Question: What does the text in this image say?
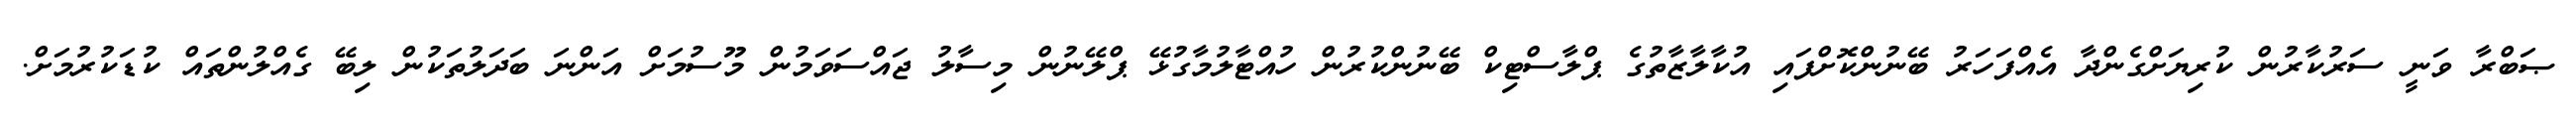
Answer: ޞަބްރާ ވަނީ ސަރުކާރުން ކުރިޔަށްގެންދާ އެއްފަހަރު ބޭނުންކޮށްފައި އުކާލާޒާތުގެ ޕްލާސްޓިކް ބޭނުންކުރުން ހުއްޓާލުމާގުޅޭ ޕްލޭނުން މިސާލު ޖައްސަވަމުން މޫސުމަށް އަންނަ ބަދަލުތަކުން ލިބޭ ގެއްލުންތައް ކުޑަކުރުމަށް.